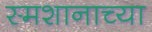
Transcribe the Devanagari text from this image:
स्मशानाच्या